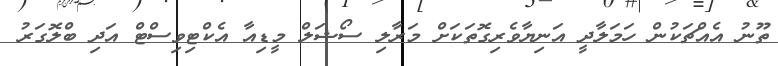
ތޫނު އެއްޗަކުން ހަމަލާދީ އަނިޔާވެރިގޮތަކަށް މަރާލި ސޯޝަލް މީޑިއާ އެކްޓިވިސްޓް އަދި ބްލޮގަރު